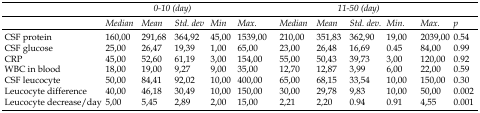
|  | <COLSPAN=5> 0-10 (day) | <COLSPAN=5> 11-50 (day) |  |
 |  | Median | Mean | Std. dev | Min | Max. | Median | Mean | Std. dev. | Min. | Max. | p |
 | --- | --- | --- | --- | --- | --- | --- | --- | --- | --- | --- | --- |
 | CSF protein | 160,00 | 291,68 | 364,92 | 45,00 | 1539,00 | 210,00 | 351,83 | 362,90 | 19,00 | 2039,00 | 0.54 |
 | CSF glucose | 25,00 | 26,47 | 19,39 | 1,00 | 65,00 | 23,00 | 26,48 | 16,69 | 0.45 | 84,00 | 0.99 |
 | CRP | 45,00 | 52,60 | 61,19 | 3,00 | 154,00 | 55,00 | 50,43 | 39,73 | 3,00 | 120,00 | 0.92 |
 | WBC in blood | 18,00 | 19,00 | 9,27 | 9,00 | 35,00 | 12,70 | 12,87 | 3,99 | 6,00 | 22,00 | 0.59 |
 | CSF leucocyte | 50,00 | 84,41 | 92,02 | 10,00 | 400,00 | 65,00 | 68,15 | 33,54 | 10,00 | 150,00 | 0.30 |
 | Leucocyte difference | 40,00 | 46,18 | 30,49 | 10,00 | 150,00 | 30,00 | 29,78 | 9,83 | 10,00 | 50,00 | 0.002 |
 | Leucocyte decrease/day | 5,00 | 5,45 | 2,89 | 2,00 | 15,00 | 2,21 | 2,20 | 0.94 | 0.91 | 4,55 | 0.001 |